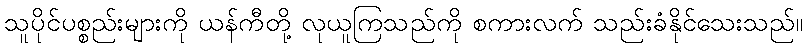
သူပိုင်ပစ္စည်းများကို ယန်ကီတို့ လုယူကြသည်ကို စကားလက် သည်းခံနိုင်သေးသည်။